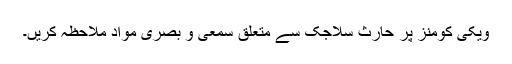
ویکی کومنز پر حارث سلاجک سے متعلق سمعی و بصری مواد ملاحظہ کریں۔